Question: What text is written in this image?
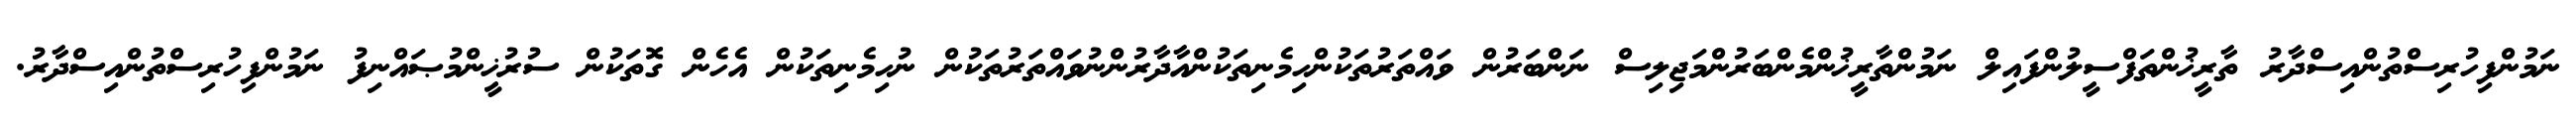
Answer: ނަމުންފިހުރިސްތުންއިސްދާރު ތާރީޚުންތަފްސީލުންފައިލް ނަމުންތާރީޚުންމެންބަރުންމަޖިލިސް ނަންބަރުން ވައްތަރުތަކުންހިމެނިތަކުންއާދާރުންނުވައްތަރުތަކުން ނުހިމެނިތަކުން އެހެން ގޮތަކުން ސުރުޚީންމުޞައްނިފު ނަމުންފިހުރިސްތުންއިސްދާރު.